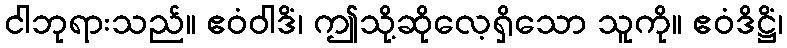
ငါဘုရားသည်။ ဧဝံဝါဒိံ၊ ဤသို့ဆိုလေ့ရှိသော သူကို။ ဧဝံဒိဋ္ဌိံ၊